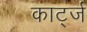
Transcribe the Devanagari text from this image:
कार्ट्ज